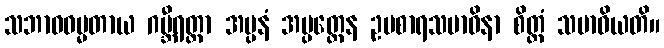
သဘာဝဓမ္မတာယ ဂမ္ဘီရတ္တာ အပ္ပနံ အပ္ပတ္တေန ဥပစာရသမာဓိနာ စိတ္တံ သမာဓိယတိ။